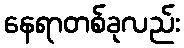
နေရာတစ်ခုလည်း